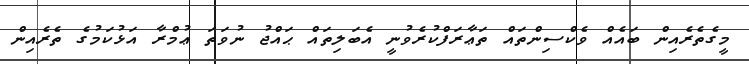
މީގެތެރެއިން ބައެއް ވެކްސިންތައް ތަޢާރަފްކުރެވުނީ އެބަލިތައް ޙައްޖު ނުވަތަ ޢުމްރާ އަޅުކަމުގެ ތެރެއިން